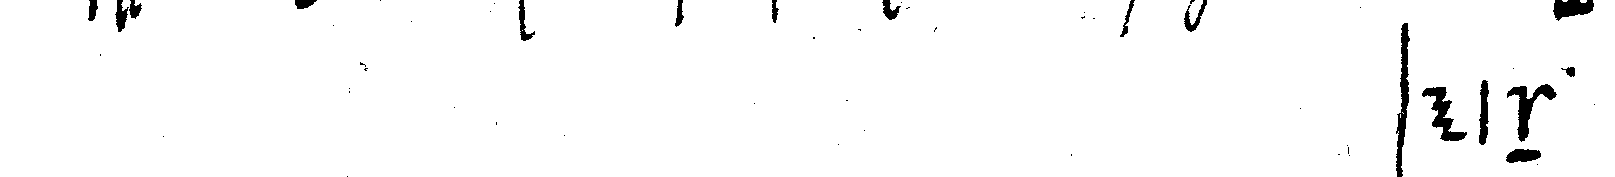
# sein